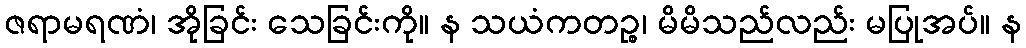
ဇရာမရဏံ၊ အိုခြင်း သေခြင်းကို။ န သယံကတဉ္စ၊ မိမိသည်လည်း မပြုအပ်။ န